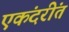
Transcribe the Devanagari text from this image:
एकंदरींत